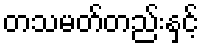
တသမတ်တည်းနှင့်